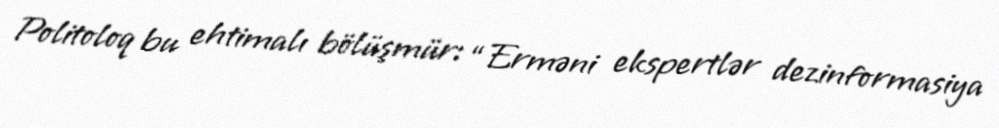
Politoloq bu ehtimalı bölüşmür: “Erməni ekspertlər dezinformasiya